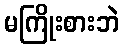
မကြိုးစားဘဲ